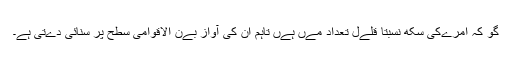
گو کہ امرےکی سکھ نسبتاً قلےل تعداد مےں ہےں تاہم ان کی آواز بےن الاقوامی سطح پر سنائی دےتی ہے۔